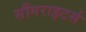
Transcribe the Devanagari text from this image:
सौंगराइटर्स